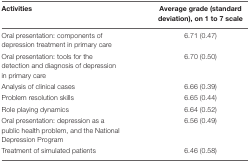
<table><thead><tr><td><b>Activities</b></td><td><b>Average grade (standard deviation), on 1 to 7 scale</b></td></tr></thead><tbody><tr><td>Oral presentation: components of depression treatment in primary care</td><td>6.71 (0.47)</td></tr><tr><td>Oral presentation: tools for the detection and diagnosis of depression in primary care</td><td>6.70 (0.50)</td></tr><tr><td>Analysis of clinical cases</td><td>6.66 (0.39)</td></tr><tr><td>Problem resolution skills</td><td>6.65 (0.44)</td></tr><tr><td>Role playing dynamics</td><td>6.64 (0.52)</td></tr><tr><td>Oral presentation: depression as a public health problem, and the National Depression Program</td><td>6.56 (0.49)</td></tr><tr><td>Treatment of simulated patients</td><td>6.46 (0.58)</td></tr></tbody></table>